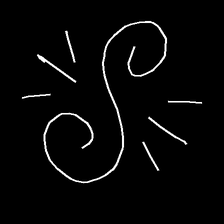
Glyph: wind-directs-air